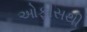
ઓફીસથી